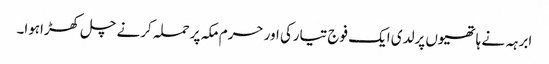
ابرہہ نے ہاتھیوں پرلدی ایک فوج تیارکی اور حرم مکہ پر حملہ کرنے چل کھڑاہوا۔